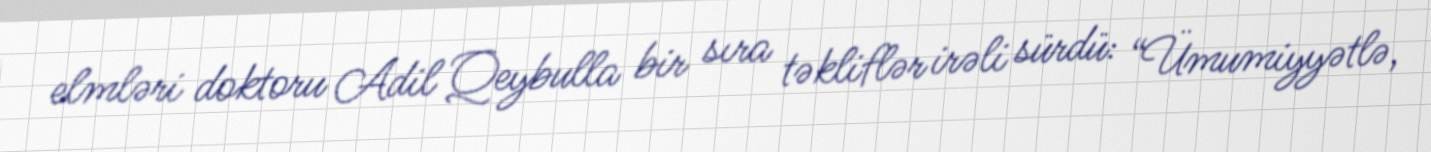
elmləri doktoru Adil Qeybulla bir sıra təkliflər irəli sürdü: “Ümumiyyətlə,